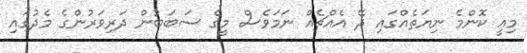
މިއީ ކޮންމެ ނިޔަތެއްގައި ދޭ އެއްޗެއް ނަމަވެސް މީގެ ސަބަބުން ދަރިވަރުންގެ މެދުގައި